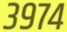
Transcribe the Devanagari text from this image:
३९७४